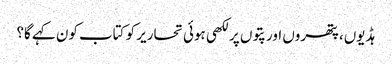
ہڈیوں، پتھروں اور پتوں پر لکھی ہوئی تحاریر کو کتاب کون کہے گا؟